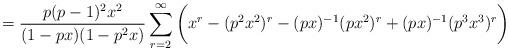
LaTeX: \begin{align*}= \frac{p(p-1)^2x^2}{(1-px)(1-p^2x)}\sum_{r=2}^{\infty}\bigg(x^r - (p^2x^2)^r - (px)^{-1}(px^2)^r + (px)^{-1} (p^3x^3)^r\bigg)\end{align*}